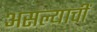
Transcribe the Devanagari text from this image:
असल्याचीं